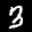
Label: 3